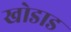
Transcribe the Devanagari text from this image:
खोडाड